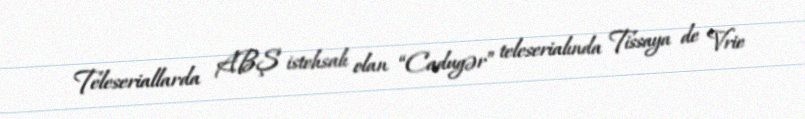
Teleseriallarda ABŞ istehsalı olan “Cadugər” teleserialında Tissaya de Vrie